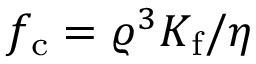
f _ { \mathrm { c } } = \varrho ^ { 3 } K _ { \mathrm { f } } / \eta